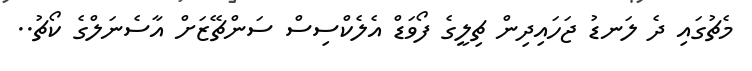
މެޗުގައި ދެ ލަނޑު ޖަހައިދިން ޗިލީގެ ފޯވަޑް އެލެކްސިސް ސަންޗޭޒަށް އާސެނަލްގެ ކޯޗު..